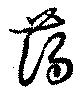
藹